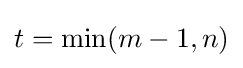
t=\min(m-1,n)